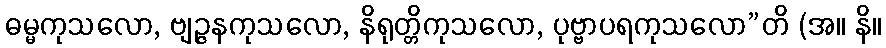
ဓမ္မကုသလော, ဗျဉ္ဇနကုသလော, နိရုတ္တိကုသလော, ပုဗ္ဗာပရကုသလော”တိ (အ။ နိ။